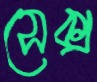
সেক্স